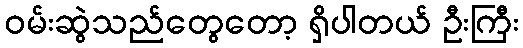
ဝမ်းဆွဲသည်တွေတော့ ရှိပါတယ် ဦးကြီး